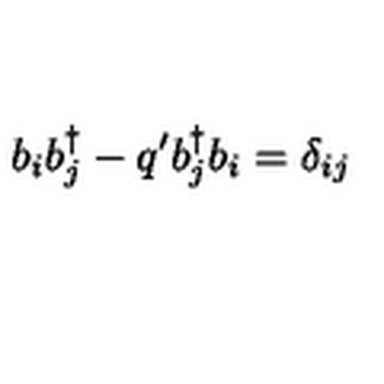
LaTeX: b _ { i } b _ { j } ^ { \dagger } - q ^ { \prime } b _ { j } ^ { \dagger } b _ { i } = \delta _ { i j }